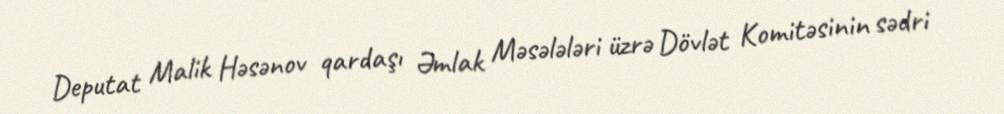
Deputat Malik Həsənov qardaşı Əmlak Məsələləri üzrə Dövlət Komitəsinin sədri